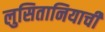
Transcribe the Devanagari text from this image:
लुसितानियाची